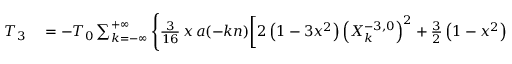
\begin{array} { r l } { T _ { 3 } } & { { } = - { \cal T } _ { 0 } \sum _ { k = - \infty } ^ { + \infty } \Bigg \{ \frac { 3 } { 1 6 } \, x \, a ( - k n ) \bigg [ 2 \left( 1 - 3 x ^ { 2 } \right) \left( X _ { k } ^ { - 3 , 0 } \right) ^ { 2 } + \frac 3 2 \left( 1 - x ^ { 2 } \right) \left( \left( X _ { k } ^ { - 3 , - 2 } \right) ^ { 2 } + \left( X _ { k } ^ { - 3 , 2 } \right) ^ { 2 } \right) } \end{array}